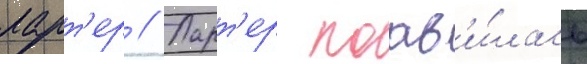
ларт'ер // Ларт'ер поав'и́лась